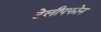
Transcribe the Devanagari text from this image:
टेलीपफोन